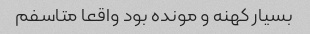
بسیار کهنه و مونده بود واقعا متاسفم